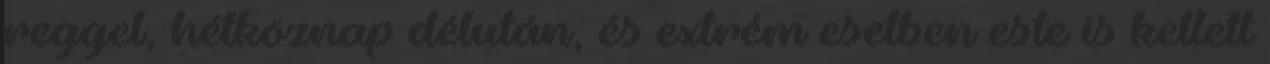
reggel, hétköznap délután, és extrém esetben este is kellett